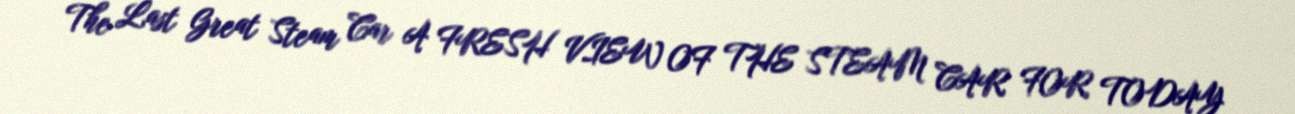
The Last Great Steam Car A FRESH VIEW OF THE STEAM CAR FOR TODAY